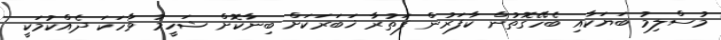
މުސްލިމު ބަޔަކާއި ބެހޭގޮތުން ކާފަރުން ފަތުރާ ޚަބަރަކަށް ބިނާކޮށް ޝަހީމު ވާހަކަ ދެއްކުމަކީ